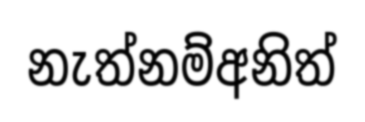
නැත්නම්අනිත්